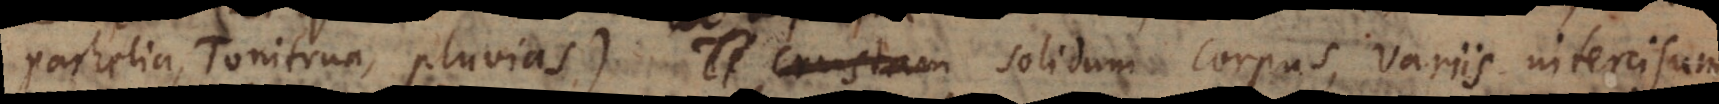
Parhelia, Tonitrua, Pluvias), Te crustam solidum corpus, variis intercisum